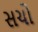
સચો